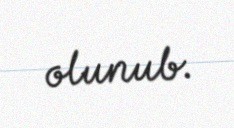
olunub.